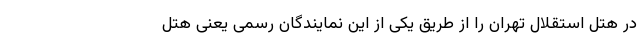
در هتل استقلال تهران را از طریق یکی از این نمایندگان رسمی یعنی هتل